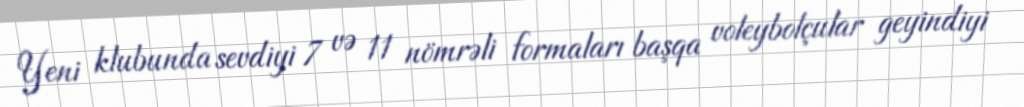
Yeni klubunda sevdiyi 7 və 11 nömrəli formaları başqa voleybolçular geyindiyi